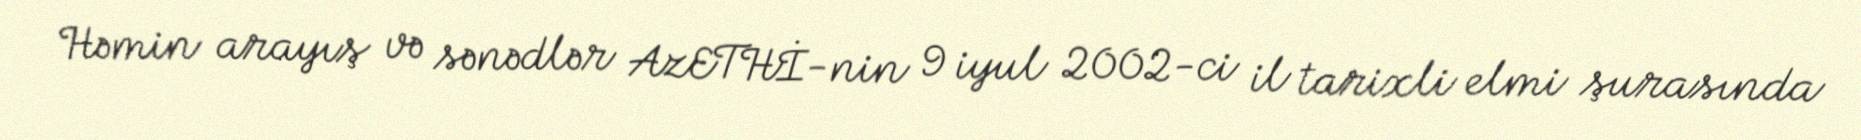
Həmin arayış və sənədlər AzETHİ-nin 9 iyul 2002-ci il tarixli elmi şurasında